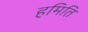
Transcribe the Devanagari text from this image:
हमिति